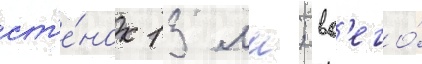
ст'е́нок 13 мм; вс'его́